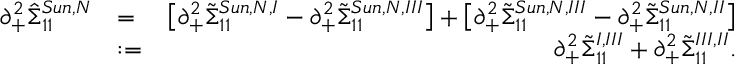
\begin{array} { r l r } { \partial _ { + } ^ { 2 } \hat { \Sigma } _ { 1 1 } ^ { S u n , N } } & { = } & { \big [ \partial _ { + } ^ { 2 } \tilde { \Sigma } _ { 1 1 } ^ { S u n , N , I } - \partial _ { + } ^ { 2 } \tilde { \Sigma } _ { 1 1 } ^ { S u n , N , I I I } \big ] + \big [ \partial _ { + } ^ { 2 } \tilde { \Sigma } _ { 1 1 } ^ { S u n , N , I I I } - \partial _ { + } ^ { 2 } \tilde { \Sigma } _ { 1 1 } ^ { S u n , N , I I } \big ] } \\ & { : = } & { \partial _ { + } ^ { 2 } \tilde { \Sigma } _ { 1 1 } ^ { I , I I I } + \partial _ { + } ^ { 2 } \tilde { \Sigma } _ { 1 1 } ^ { I I I , I I } . } \end{array}